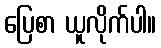
ပြေစာ ယူလိုက်ပါ။